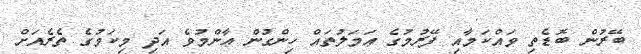
ބޭރުން ބޮޑެތި ވައްކަމާއި ފޭރުމުގެ ޢަމަލުތައް ހިންގުން ޢާންމުވެ އަދި މިކަމުގެ ތެރެއަށް